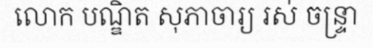
លោក បណ្ឌិត សុភាចារ្យ រស់ ចន្ទ្រា